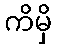
ကိမှိ